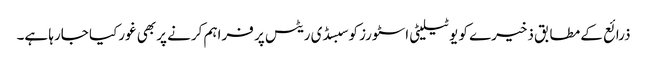
ذرائع کے مطابق ذخیرے کو یوٹیلیٹی اسٹورز کوسبسڈی ریٹس پر فراہم کرنے پر بھی غورکیا جارہا ہے۔